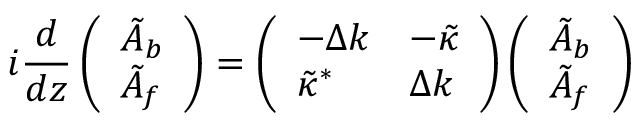
i \frac { d } { d z } \left( \begin{array} { l } { \tilde { A } _ { b } } \\ { \tilde { A } _ { f } } \end{array} \right) = \left( \begin{array} { l l } { - \Delta k } & { - \tilde { \kappa } } \\ { \tilde { \kappa } ^ { * } } & { \Delta k } \end{array} \right) \left( \begin{array} { l } { \tilde { A } _ { b } } \\ { \tilde { A } _ { f } } \end{array} \right)